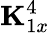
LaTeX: {\mathbf K}_{1x}^{4}